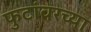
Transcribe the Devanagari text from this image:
फुटांवरच्या